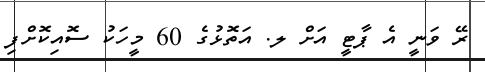
ރޭ ވަނީ އެ ޕާޓީ އަށް ލ. އަތޮޅުގެ 60 މީހަކު ސޮއިކޮށްފި